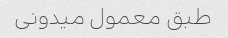
طبق معمول میدونی